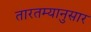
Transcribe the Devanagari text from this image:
तारतम्यानुसार